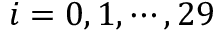
i = 0 , 1 , \cdots , 2 9